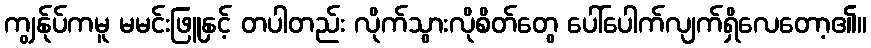
ကျွန်ုပ်ကမူ မမင်းဖြူနှင့် တပါတည်း လိုက်သွားလိုစိတ်တွေ ပေါ်ပေါက်လျက်ရှိလေတော့၏။